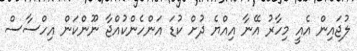
ލުޖައިން އެއީ މިހާރު އޭނާ އިއްޔެ ދުށް ކުޑަ އަންހެންކުއްޖާ ނޫންކަން އިހްސާސް